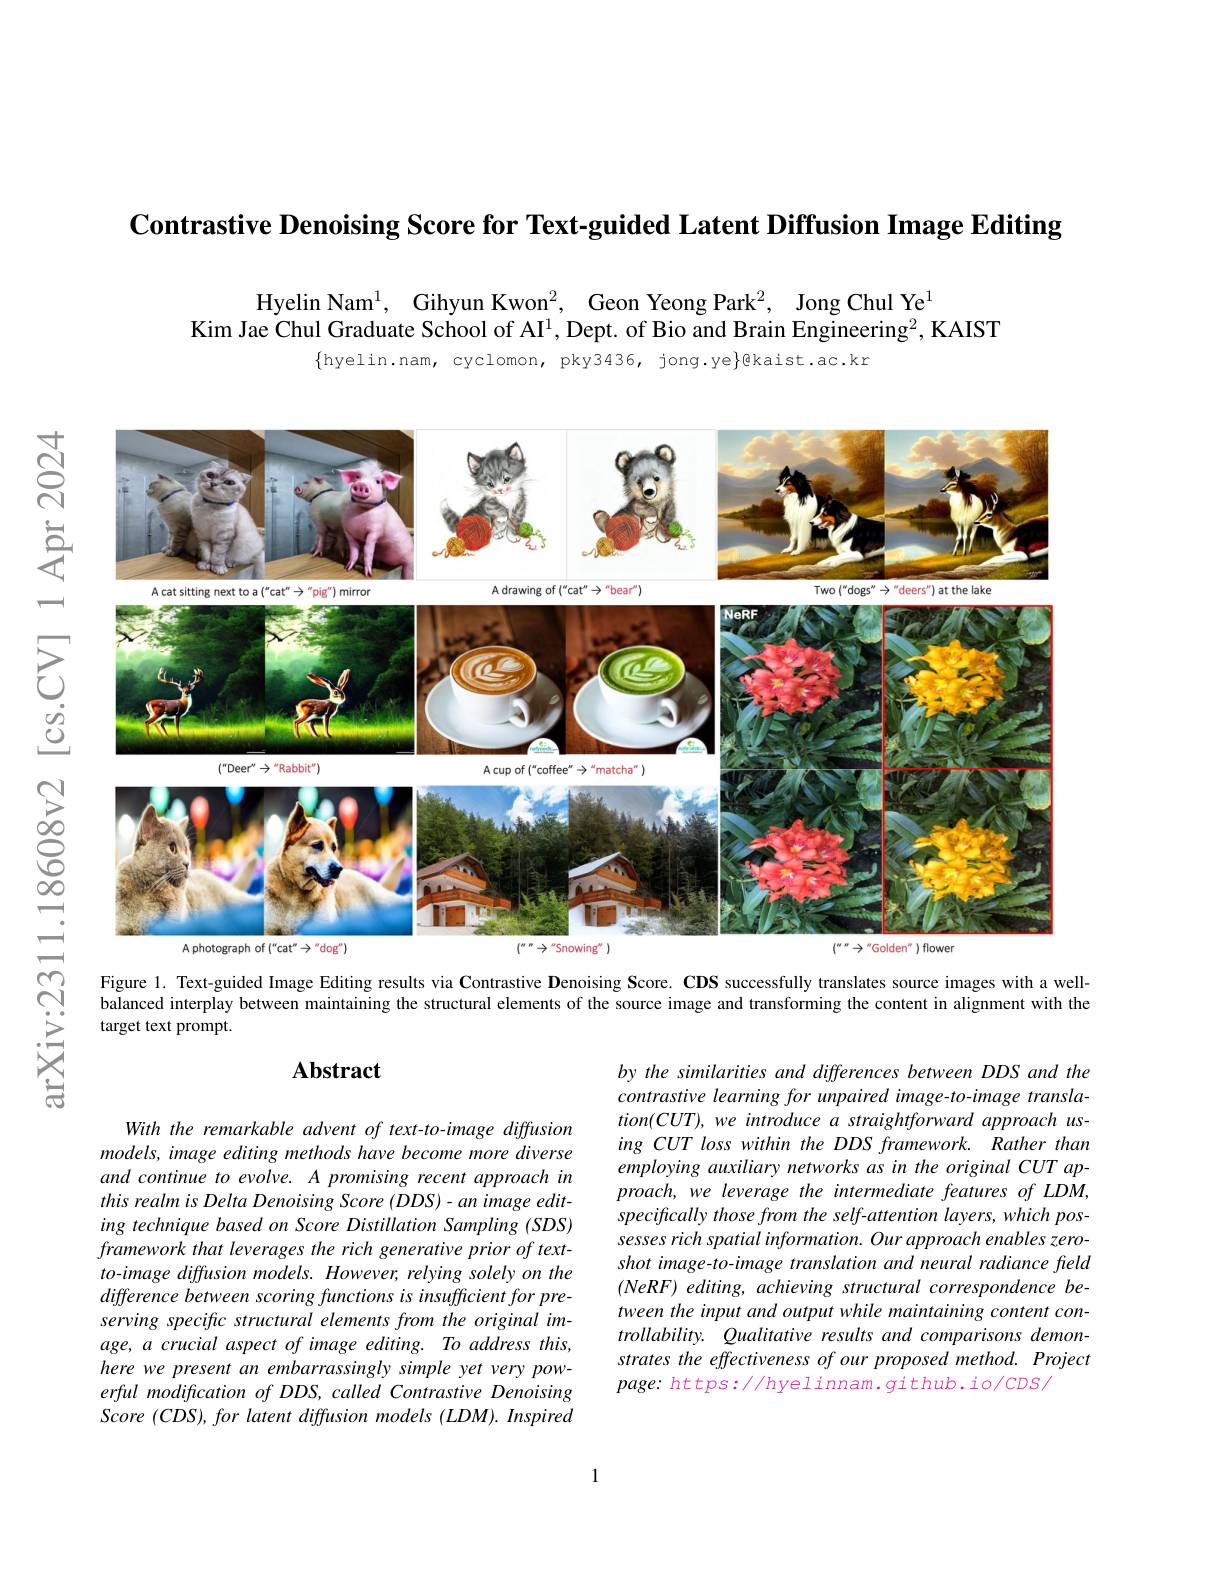
一

$हू$

Contrastive Denoising Score for Text-guided Latent Diffusion Image Editing

Hyelin Nam$^{1}$, Gihyun Kwon$^2$, Geon Yeong Park$^2$, Jong Chul Ye$^{1}$
Kim Jae Chul Graduate School of AI$^1,\bar{\text{Dept.of Bio and Brain Engineering}^2}$, KAIST
$\{$hyelin.nam, cyclomon, pky3436, jong.ye$\}$@kaist.ac.kr

享
<FigureHere>
$উত্তু$
Figure 1. Text-guided Image Editing results via Contrastive Denoising Score. CDS successfully translates source images with a well-

arXiv:2311.1

balanced interplay between maintaining the structural elements of the source image and transforming the content in alignment with the

target text prompt.

### $\mathbf{Abstract}$

by the similarities and differences between DDS and the contrastive learning for unpaired image-to-image transla- $tion(CUT),we$ introduce a straightforward approach using CUT loss within the DDS framework. Rather than employing auxiliary networks as in the original CUT approach, we leverage the intermediate features of LDM, specifically those from the self-attention layers, which possesses rich spatial information. Our approach enables zeroshot image-to-image translation and neural radiance field $(NeRF)$ editing, achieving structural correspondence between the input and output while maintaining content controllability. Qualitative results and comparisons demonstrates the effectiveness of our proposed method. Project $page:https://hyelinnam.github.io/cDS/$

With the remarkable advent of text-to-image diffusion models, image editing methods have become more diverse and continue to evolve. A promising recent approach in this realm is Delta Denoising Score (DDS)-an image editing technique based on Score Distillation Sampling (SDS) framework that leverages the rich generative prior of text- $to-image$ diffusion models. However, relying solely on the difference between scoring functions is insufficient for preserving specific structural elements from the original image, a crucial aspect of image editing. To address this, here we present an embarrassingly simple yet very powerful modification of DDS, called Contrastive Denoising Score (CDS), for latent diffusion models (LDM). Inspired